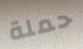
حملة